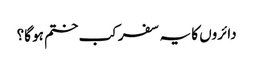
دائروں کا یہ سفر کب ختم ہو گا؟